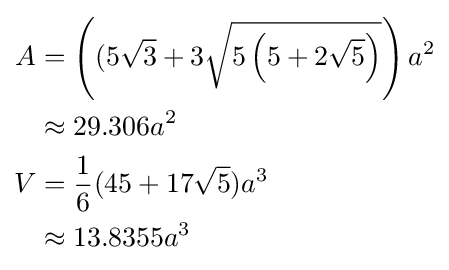
{\begin{aligned}A&=\left((5{\sqrt {3}}+3{\sqrt {5\left(5+2{\sqrt {5}}\right)}}\right)a^{2}\\&\approx 29.306a^{2}\\V&={\frac {1}{6}}(45+17{\sqrt {5}})a^{3}\\&\approx 13.8355a^{3}\end{aligned}}